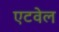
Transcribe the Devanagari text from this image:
एटवेल